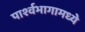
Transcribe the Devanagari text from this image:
पार्श्वभागामध्ये